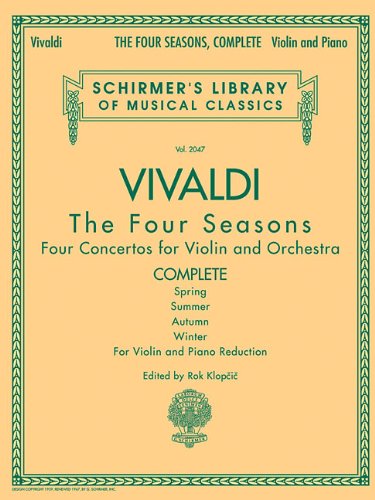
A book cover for Antonio Vivaldi - The Four Seasons, Complete: for Violin and Piano Reduction; Humor & Entertainment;